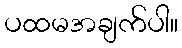
ပထမအချက်ပါ။